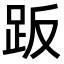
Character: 𧿨